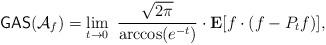
LaTeX: \begin{align*}\mathsf{GAS}(\mathcal{A}_f) = \lim_{t \rightarrow 0} \ \frac{\sqrt{2\pi}}{\arccos (e^{-t})} \cdot \mathbf{E}[ f \cdot (f - P_t f)],\end{align*}